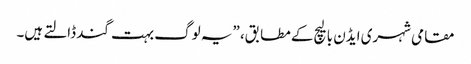
مقامی شہری ایڈن بالیچ کے مطابق، ”یہ لوگ بہت گند ڈالتے ہیں۔